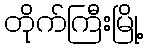
တိုက်ကြီးမြို့